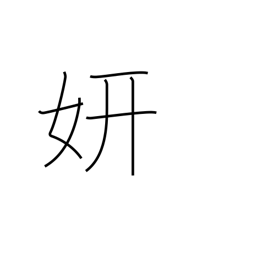
Meaning: splendor